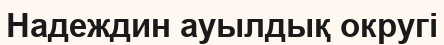
Надеждин ауылдық округі